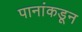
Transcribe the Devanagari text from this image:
पानांकडून